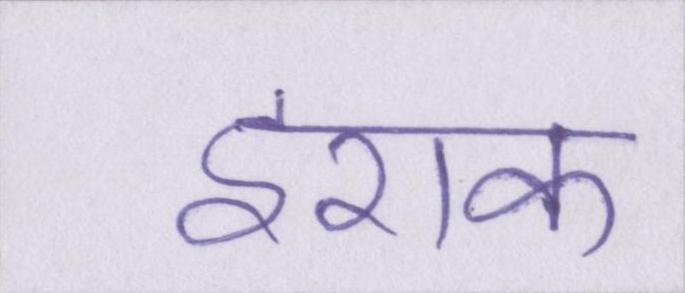
इराक